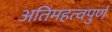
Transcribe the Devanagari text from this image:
अतिमहत्‍वपुर्ण